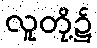
လူတို့၌